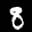
Label: 8